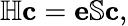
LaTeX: \mathbb{H}\mathbf{c}=\mathbf{e}\mathbb{S}\mathbf{c},